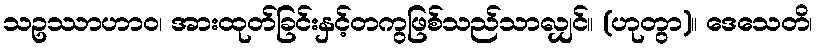
သဥဿာဟာဝ၊ အားထုတ်ခြင်းနှင့်တကွဖြစ်သည်သာလျှင်။ (ဟုတွာ)။ ဒေသေတိ၊